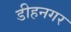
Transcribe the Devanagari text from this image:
डीहनगर